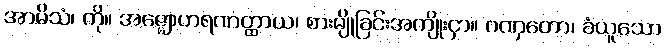
အာမိသံ၊ ကို။ အဇ္ဈောဟရဏတ္ထာယ၊ စားမျိုခြင်းအကျိုးငှာ။ ဂဏှတော၊ ခံယူသော